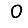
Digit: 0